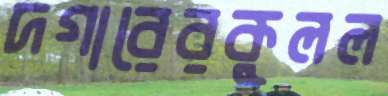
দগারেরকুলল